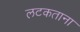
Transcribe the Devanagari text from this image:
लटकताना